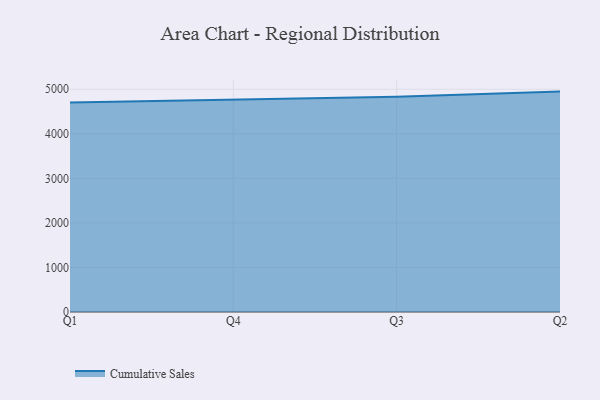
{"axis": {"x": "Quarter", "y": "Customer Acquisition Cost (USD)"}, "legend": ["Cumulative Sales"], "data": [{"x": "Q1", "y": 4705.2, "type": "Cumulative Sales"}, {"x": "Q4", "y": 4769.8, "type": "Cumulative Sales"}, {"x": "Q3", "y": 4834.9, "type": "Cumulative Sales"}, {"x": "Q2", "y": 4947.8, "type": "Cumulative Sales"}]}